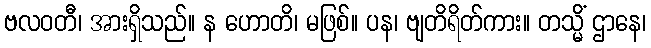
ဗလဝတီ၊ အားရှိသည်။ န ဟောတိ၊ မဖြစ်။ ပန၊ ဗျတိရိတ်ကား။ တသ္မိံ ဌာနေ၊